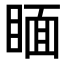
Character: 𥈅